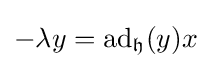
-\lambda y=\operatorname {ad} _{\mathfrak {h}}(y)x